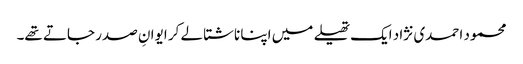
محمود احمدی نژاد ایک تھیلے میں اپنا ناشتا لے کر ایوانِ صدر جاتے تھے۔